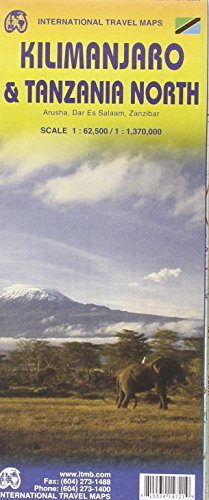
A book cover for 1. Kilimanjaro & Tanzania North Travel Map 1: 62,500/1,370,000; ITMB Canada; Travel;